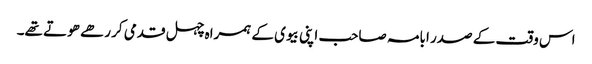
اس وقت کے صدر ابامہ صاحب اپنی بیوی کے ہمراہ چہل قدمی کر رھے ھوتے تھے۔